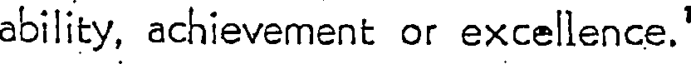
ability, achievement or excellence.'